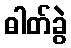
ဓါတ်ခွဲ